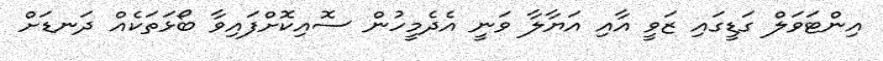
އިންޓަވަލް ގަޑީގައި ޒަވީ އާއި އަޔާލާ ވަނީ އެދެމީހުން ސޮއިކޮށްފައިވާ ބޯޅަތަކެއް ދަނޑަށް